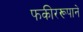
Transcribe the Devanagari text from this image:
फकीररूपाने